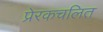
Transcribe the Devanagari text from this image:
प्रेरकचलित